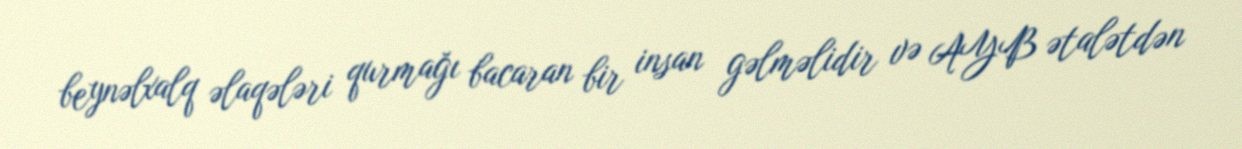
beynəlxalq əlaqələri qurmağı bacaran bir insan gəlməlidir və AYB ətalətdən